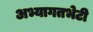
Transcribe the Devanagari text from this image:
अभ्यागतभेटी